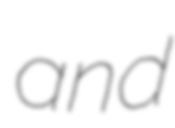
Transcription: and